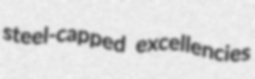
steel-capped excellencies